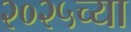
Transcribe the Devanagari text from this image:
२०२५च्या